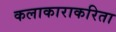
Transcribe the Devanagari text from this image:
कलाकाराकरिता